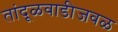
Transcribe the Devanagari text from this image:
तांदूळवाडीजवळ